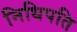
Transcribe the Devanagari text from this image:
निधिपति